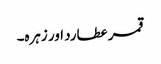
قمر عطارد اور زہرہ۔